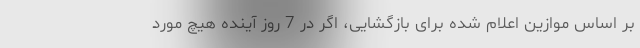
بر اساس موازین اعلام شده برای بازگشایی، اگر در 7 روز آینده هیچ مورد